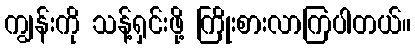
ကျွန်းကို သန့်ရှင်းဖို့ ကြိုးစားလာကြပါတယ်။